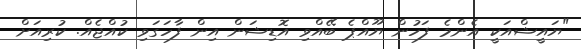
"ޔައީޝްއަކީ އެންމެ ފަހުން ޔޫއްޕެ ބޭއްވި އޮޑިޝަން އިން ފާހަގަވި ކުއްޖެއް. ކުރިއަށް